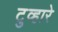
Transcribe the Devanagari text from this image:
टुव्हारे